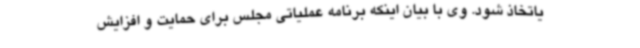
یاتخاذ شود. وی با بیان اینکه برنامه عملیاتی مجلس برای حمایت و افزایش